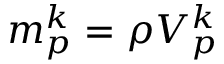
m _ { p } ^ { k } = \rho V _ { p } ^ { k }